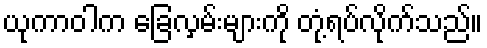
ယုကာဝါက ခြေလှမ်းများကို တုံ့ရပ်လိုက်သည်။